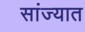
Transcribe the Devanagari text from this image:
सांज्यात